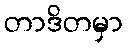
တာဒိတမှာ